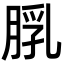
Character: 𦜘